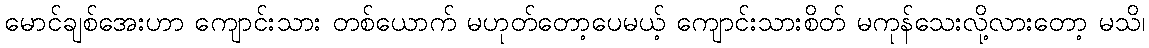
မောင်ချစ်အေးဟာ ကျောင်းသား တစ်ယောက် မဟုတ်တော့ပေမယ့် ကျောင်းသားစိတ် မကုန်သေးလို့လားတော့ မသိ၊